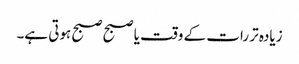
زیادہ تر رات کے وقت یا صبح صبح ہوتی ہے۔